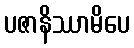
ပဇာနိဿာမိပေ